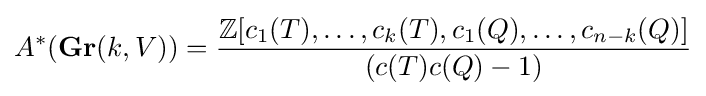
A^{*}(\mathbf {Gr} (k,V))={\frac {\mathbb {Z} [c_{1}(T),\ldots ,c_{k}(T),c_{1}(Q),\ldots ,c_{n-k}(Q)]}{(c(T)c(Q)-1)}}